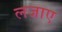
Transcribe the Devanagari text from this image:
लजाए